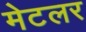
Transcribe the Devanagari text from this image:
मेटलर